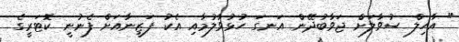
" އާހިލް ސުވާލަށް ޖަވާބުދޭން އަނގަ ހުޅުވާލުމާއި އެކު ފަޒީނާއަށް ފެނުނީ ކޮޓަރީގެ